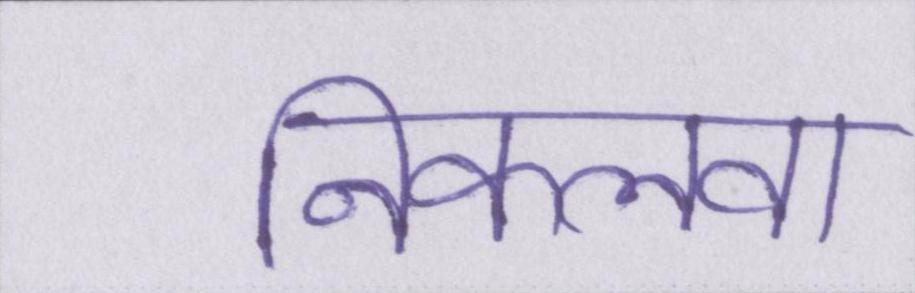
निकलवा